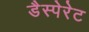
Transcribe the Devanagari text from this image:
डैस्पेरेट